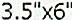
3.5"X6"